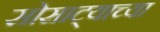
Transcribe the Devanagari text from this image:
सोसाट्याच्या